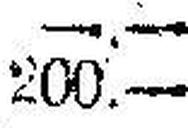
200.—